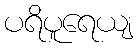
ပရိပူရေယျ